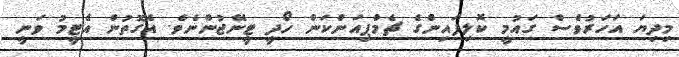
މިދިޔަ އަހަރުވެސް ގައުމީ ކޮލިފައިންގެ ޗެމްޕިއަންކަން ހޯދީ ޓީނޭޖުންނެވެ. އެގޮތުން އެޓީމު ވަނީ